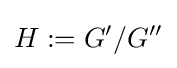
H:=G'/G''